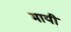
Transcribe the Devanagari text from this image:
मायी